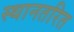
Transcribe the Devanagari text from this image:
स्थानतरित